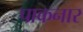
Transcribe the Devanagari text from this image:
पाकनार